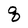
Character: q